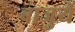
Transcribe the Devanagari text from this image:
बाजुयें